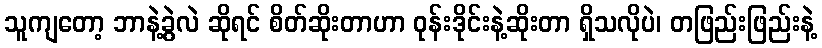
သူကျတော့ ဘာနဲ့ခွဲလဲ ဆိုရင် စိတ်ဆိုးတာဟာ ဝုန်းဒိုင်းနဲ့ဆိုးတာ ရှိသလိုပဲ၊ တဖြည်းဖြည်းနဲ့